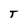
Character: T